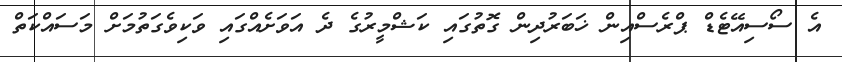
އެ ސޯސިއޭޓެޑް ޕްރެސްއިން ޚަބަރުދިން ގޮތުގައި ކަޝްމީރުގެ ދެ އަވަށެއްގައި ވަކިވެގަތުމަށް މަސައްކަތް